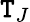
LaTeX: \mathtt{T}_{J}